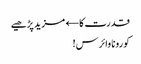
قدرت کا← مزید پڑھیے
کورونا وائرس!